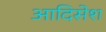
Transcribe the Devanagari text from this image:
आदिसेश